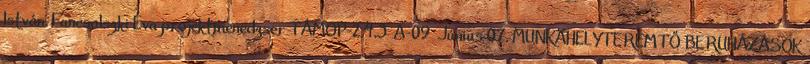
István. Fancsalszki Éva projektmenedzser TÁMOP-2.4.3 A-09 Június 07. MUNKAHELYTEREMTŐ BERUHÁZÁSOK